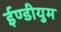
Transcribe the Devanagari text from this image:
ईण्डीयुम